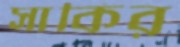
সাকির